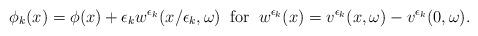
LaTeX: \begin{align*}\phi_k(x)=\phi(x)+\epsilon_kw^{\epsilon_k}(x/\epsilon_k,\omega)\;\;\textrm{for}\;\;w^{\epsilon_k}(x)=v^{\epsilon_k}(x,\omega)-v^{\epsilon_k}(0,\omega).\end{align*}